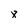
Character: 8